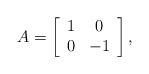
LaTeX: \begin{align*}A = \left[ \begin{array}{cc} 1 & 0\\ 0 & -1 \end{array} \right],\end{align*}